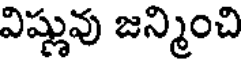
విష్ణువు జన్మించి